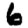
Digit: 6